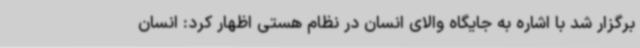
برگزار شد با اشاره به جایگاه والای انسان در نظام هستی اظهار کرد: انسان